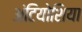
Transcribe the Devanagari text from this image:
अंटियोशिया